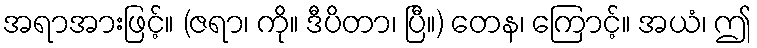
အရာအားဖြင့်။ (ဇရာ၊ ကို။ ဒီပိတာ၊ ပြီ။) တေန၊ ကြောင့်။ အယံ၊ ဤ